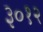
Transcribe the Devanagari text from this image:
३०१२